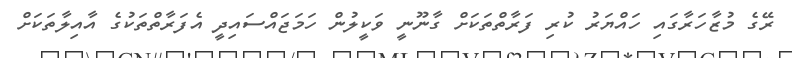
ރޭގެ މުޒާހަރާގައި ހައްޔަރު ކުރި ފަރާތްތަކަށް ގާނޫނީ ވަކީލުން ހަމަޖައްސައިދީ އެފަރާތްތަކުގެ އާއިލާތަކަށް